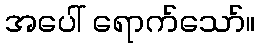
အပေါ် ရောက်သော်။